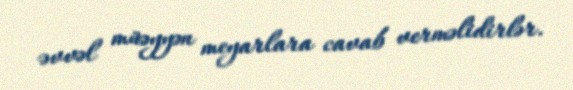
əvvəl müəyyən meyarlara cavab verməlidirlər.